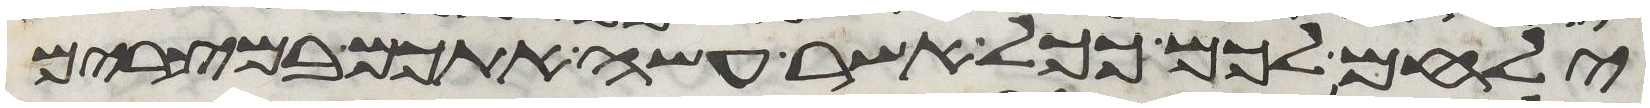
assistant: ילחם לכם ככל אשר עשה אתכם במצרים